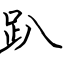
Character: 趴